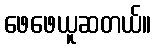
ဖေဖေယူဆတယ်။